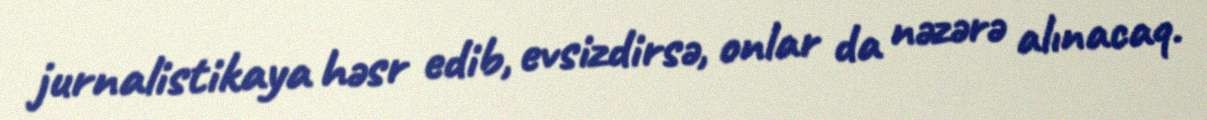
jurnalistikaya həsr edib, evsizdirsə, onlar da nəzərə alınacaq.